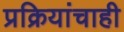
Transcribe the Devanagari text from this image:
प्रक्रियांचाही